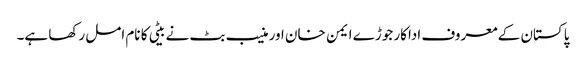
پاکستان کے معروف اداکار جوڑے ایمن خان اور منیب بٹ نے بیٹی کا نام امل رکھا ہے۔